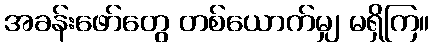
အခန်းဖော်တွေ တစ်ယောက်မျှ မရှိကြ။